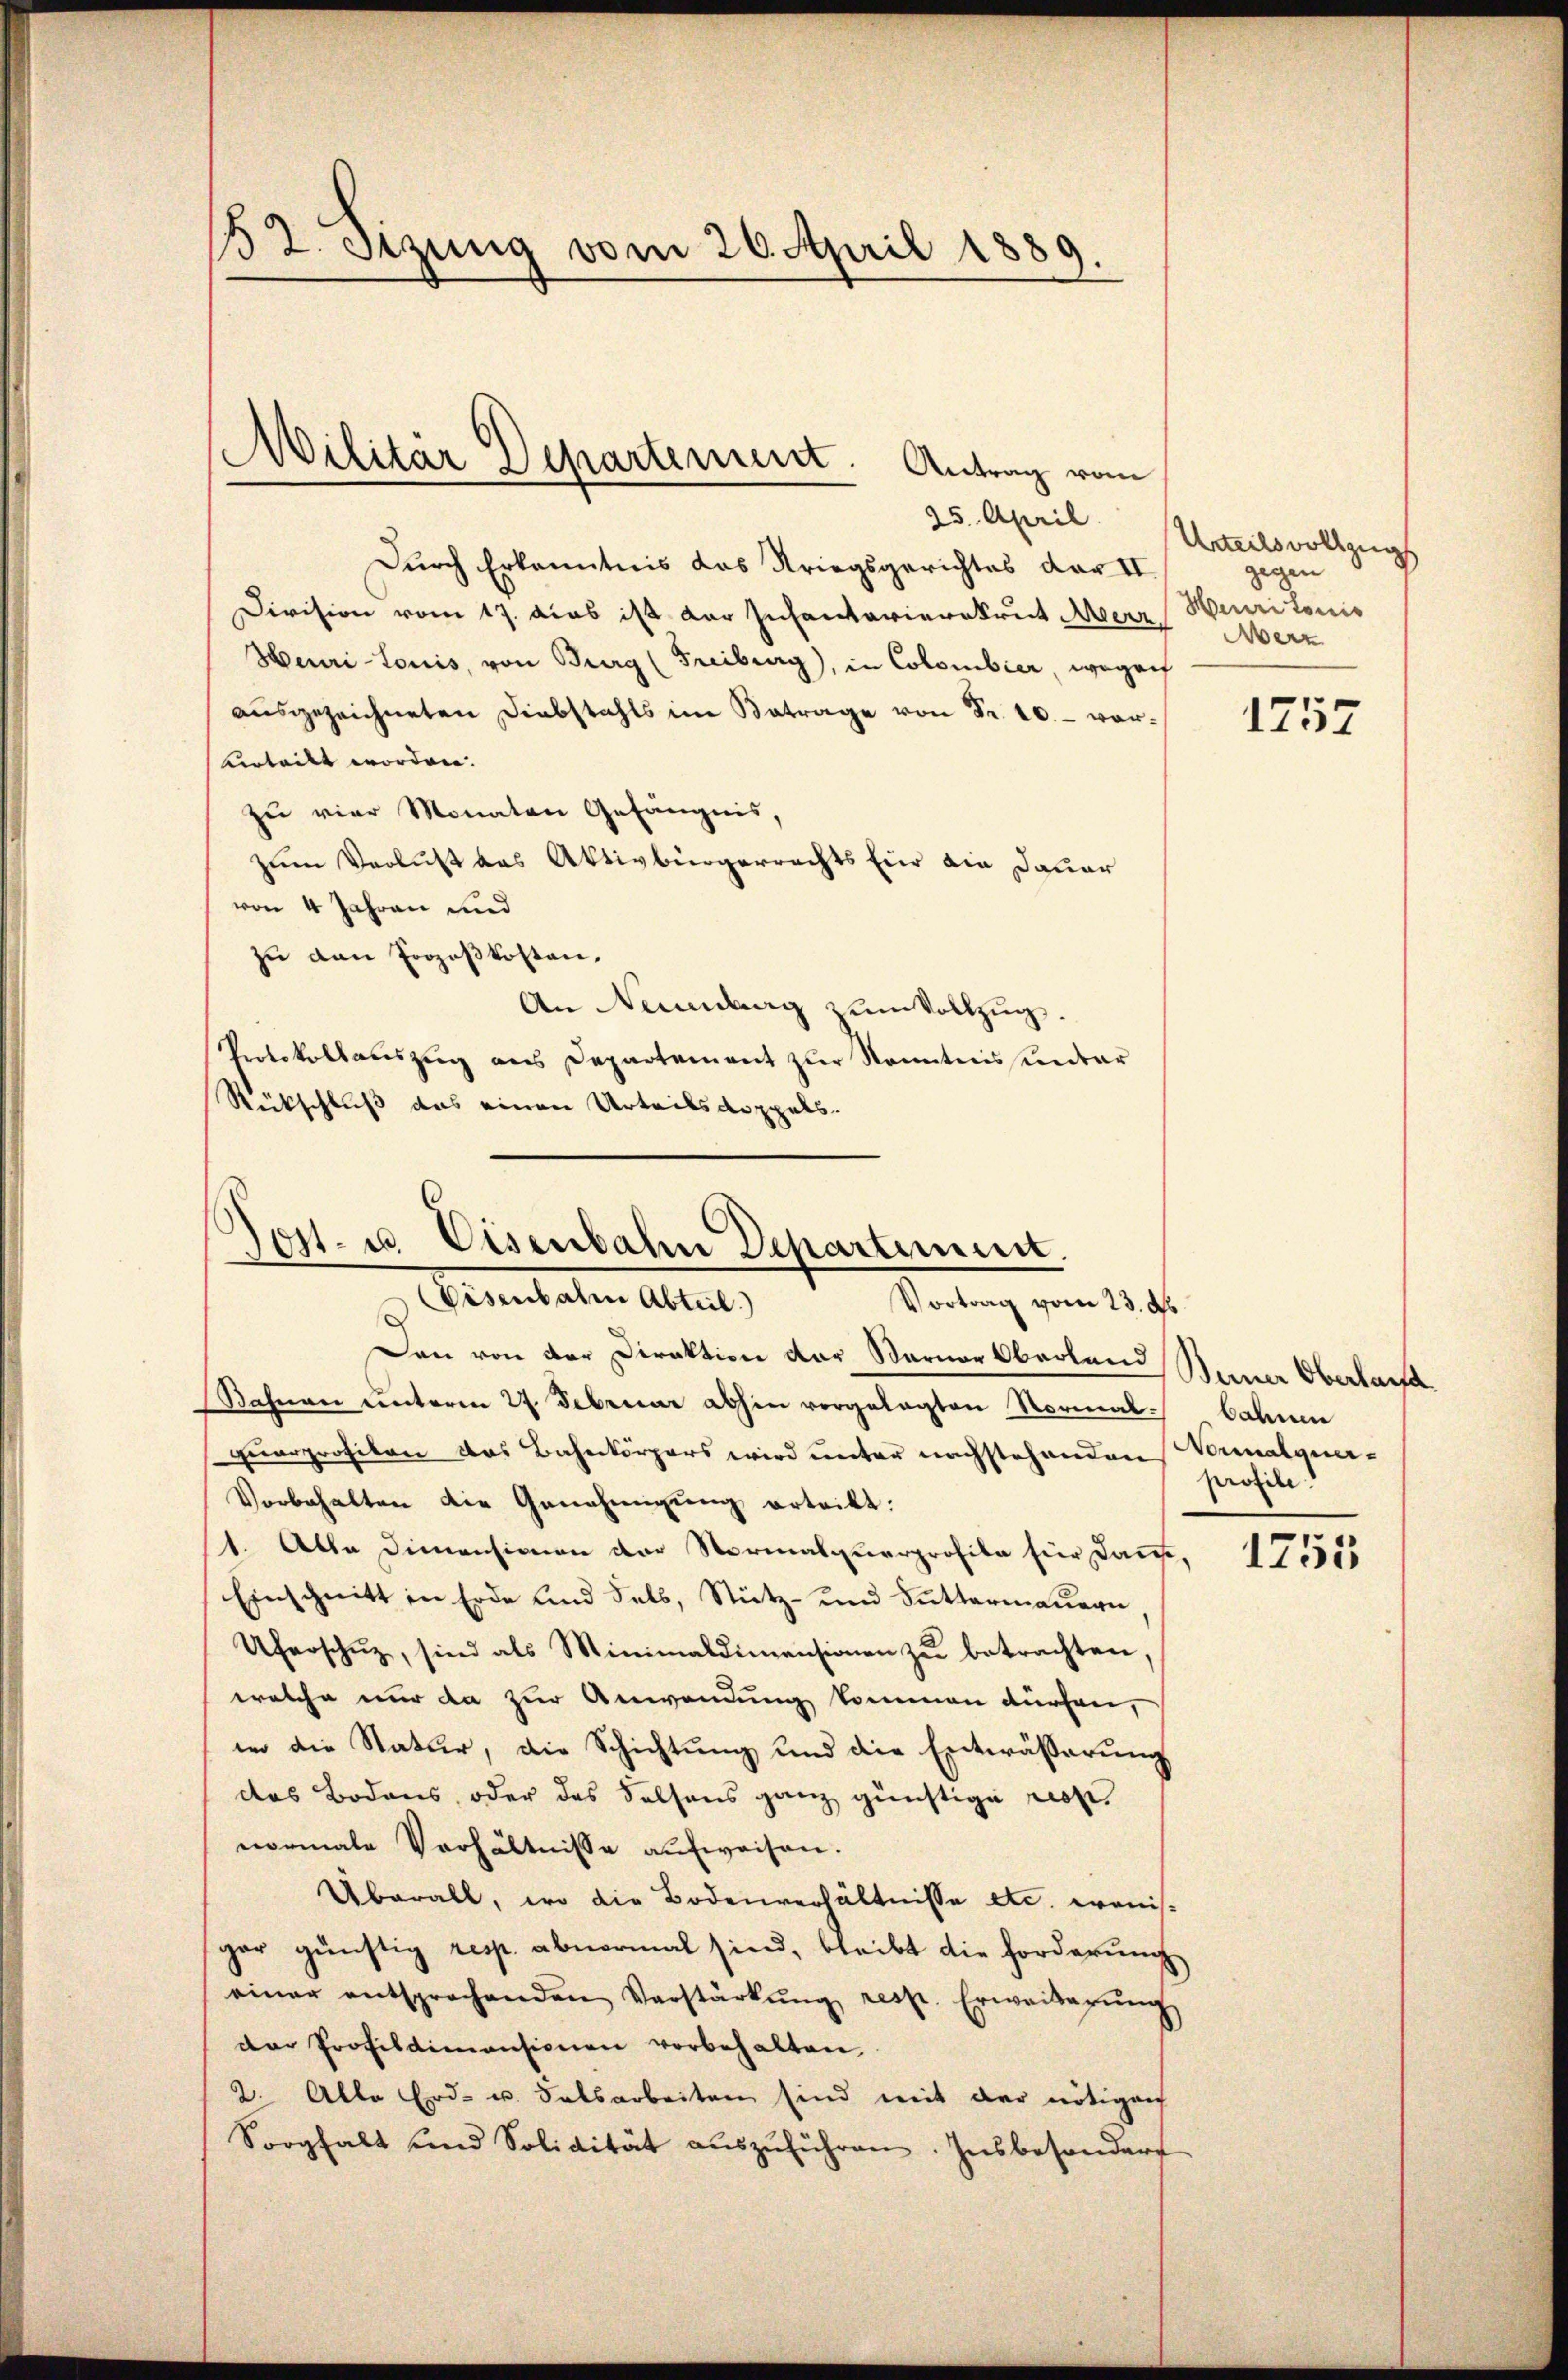
132. Sitzung vom 26. April 1889.

Militär Departement. Antrag vom

25. April
Durch Erkenntnis das Kriegsgerichtes dar II
Division vom 17. dies ist der Infantarierekrut Aerz
Heuri-Louis, von Burg (Freiburg), in Colombier, wegen
aŭsgezeichneten Diebstahls im Betrage von Fr. 10.- vorvrteilt worden.
zu vier Monaten Gefängnis,
zum Verlust das Aktivbürgerrechts für die Dauer
von 4 Jahren und
zu den Prozeßkosten.
An Nennbarg zum Vollzug.
Protokollauszug aus Departement zur Kenntnissentar
Rückschluß das einen Urteils doppels.

Tost- u. Eisenbahn Departement.
Gemuteten Alter,
Vortrag vom 23. d

Dan von der Direktion der Warner Oberland Bener Oberlaufe
Sahnen unterm 27. Februar abhin vorgelegten Normal bahnen
Quarprofikon das Bahnkörpers wird unter nachstehenden Vermatoner-
Vorbehalten die Genehmigŭng erteilt:
1. Alle Dimensionen der Normalquarprofita für Dause,
Einschnitt in Erde und Fels, Stütz- und Futtermauern
Uferschŭtz, sind als Minimaldimensionen zŭ betrachten,
welche nur da zur Anwendung kommen dürfen,
in die Natur, die Schichtung und die Entwässerung
das Bodens, oder das Felsens ganz günstige resp.
normale Verhältnisse aufweisen.
Überall, wo die Bodenverhältnisse etc. wonisgar günstig resp. abnormal sind, bleibt die Forderung
einer entsprechenden Verstärkŭng resp. Erweiterŭng
der Profildimansionen vorbehalten
2. Alle Erd- u. Salsarbeiten sind mit der nötigen
Sorgfalt und Solidität aŭszŭführen. Insbesonders

Urteilsvollzugs
gegen
Heuritonis
Aerz

1757

profile

1755